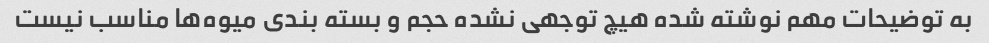
به توضیحات مهم نوشته شده هیچ توجهی نشده حجم و بسته بندی میوه‌ها مناسب نیست